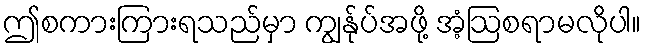
ဤစကားကြားရသည်မှာ ကျွန်ုပ်အဖို့ အံ့ဩစရာမလိုပါ။